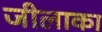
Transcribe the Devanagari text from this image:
जीलाका